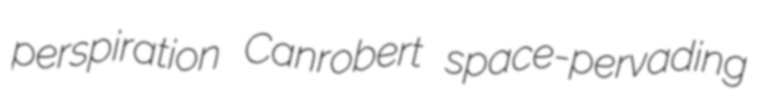
perspiration Canrobert space-pervading